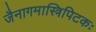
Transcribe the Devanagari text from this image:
जैनागमास्त्रिपिटकः